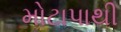
મોટાપાથી